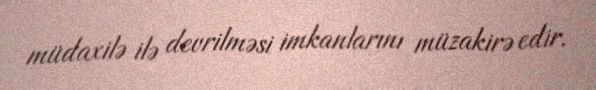
müdaxilə ilə devrilməsi imkanlarını müzakirə edir.